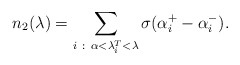
\begin{align*}n_2(\lambda)=\sum_{i ~ : ~ \alpha< \lambda^T_i < \lambda}\sigma( \alpha^+_i- \alpha^-_i).\end{align*}